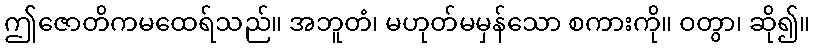
ဤဇောတိကမထေရ်သည်။ အဘူတံ၊ မဟုတ်မမှန်သော စကားကို။ ဝတွာ၊ ဆို၍။